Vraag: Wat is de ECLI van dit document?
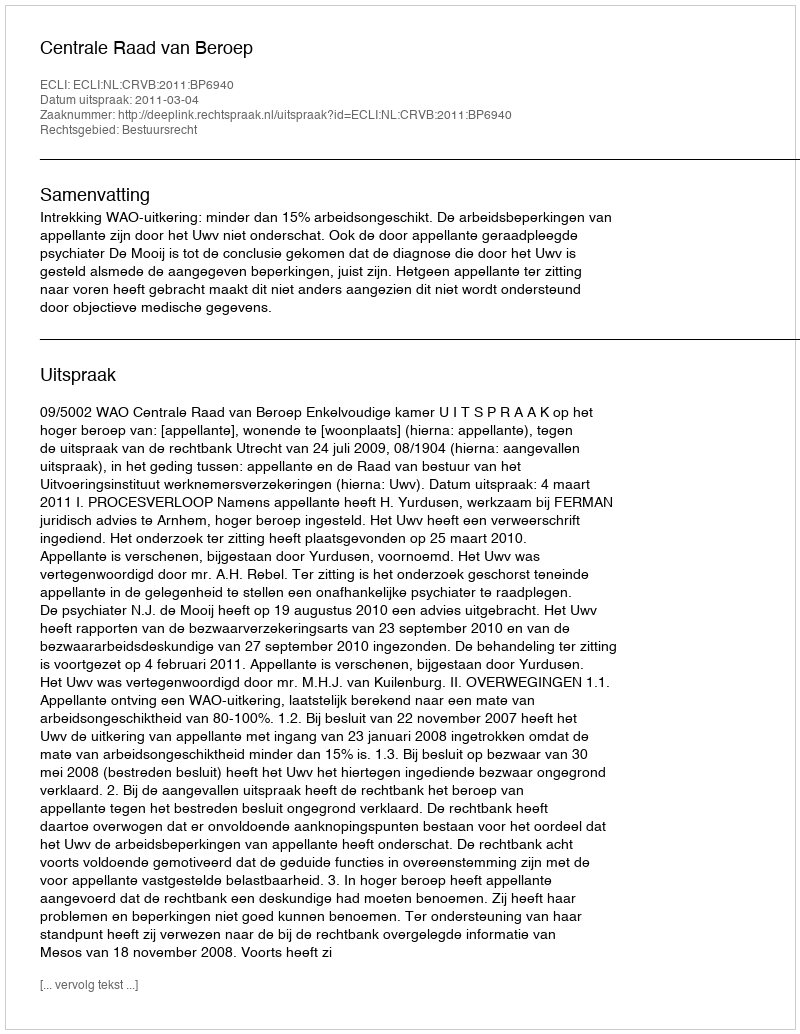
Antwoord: ECLI:NL:CRVB:2011:BP6940